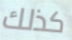
كذلك